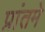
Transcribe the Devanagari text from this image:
प्रांतमे